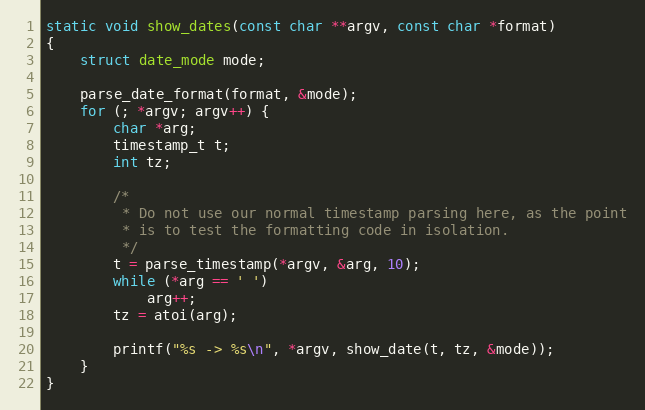
Language: C
static void show_dates(const char **argv, const char *format)
{
	struct date_mode mode;

	parse_date_format(format, &mode);
	for (; *argv; argv++) {
		char *arg;
		timestamp_t t;
		int tz;

		/*
		 * Do not use our normal timestamp parsing here, as the point
		 * is to test the formatting code in isolation.
		 */
		t = parse_timestamp(*argv, &arg, 10);
		while (*arg == ' ')
			arg++;
		tz = atoi(arg);

		printf("%s -> %s\n", *argv, show_date(t, tz, &mode));
	}
}